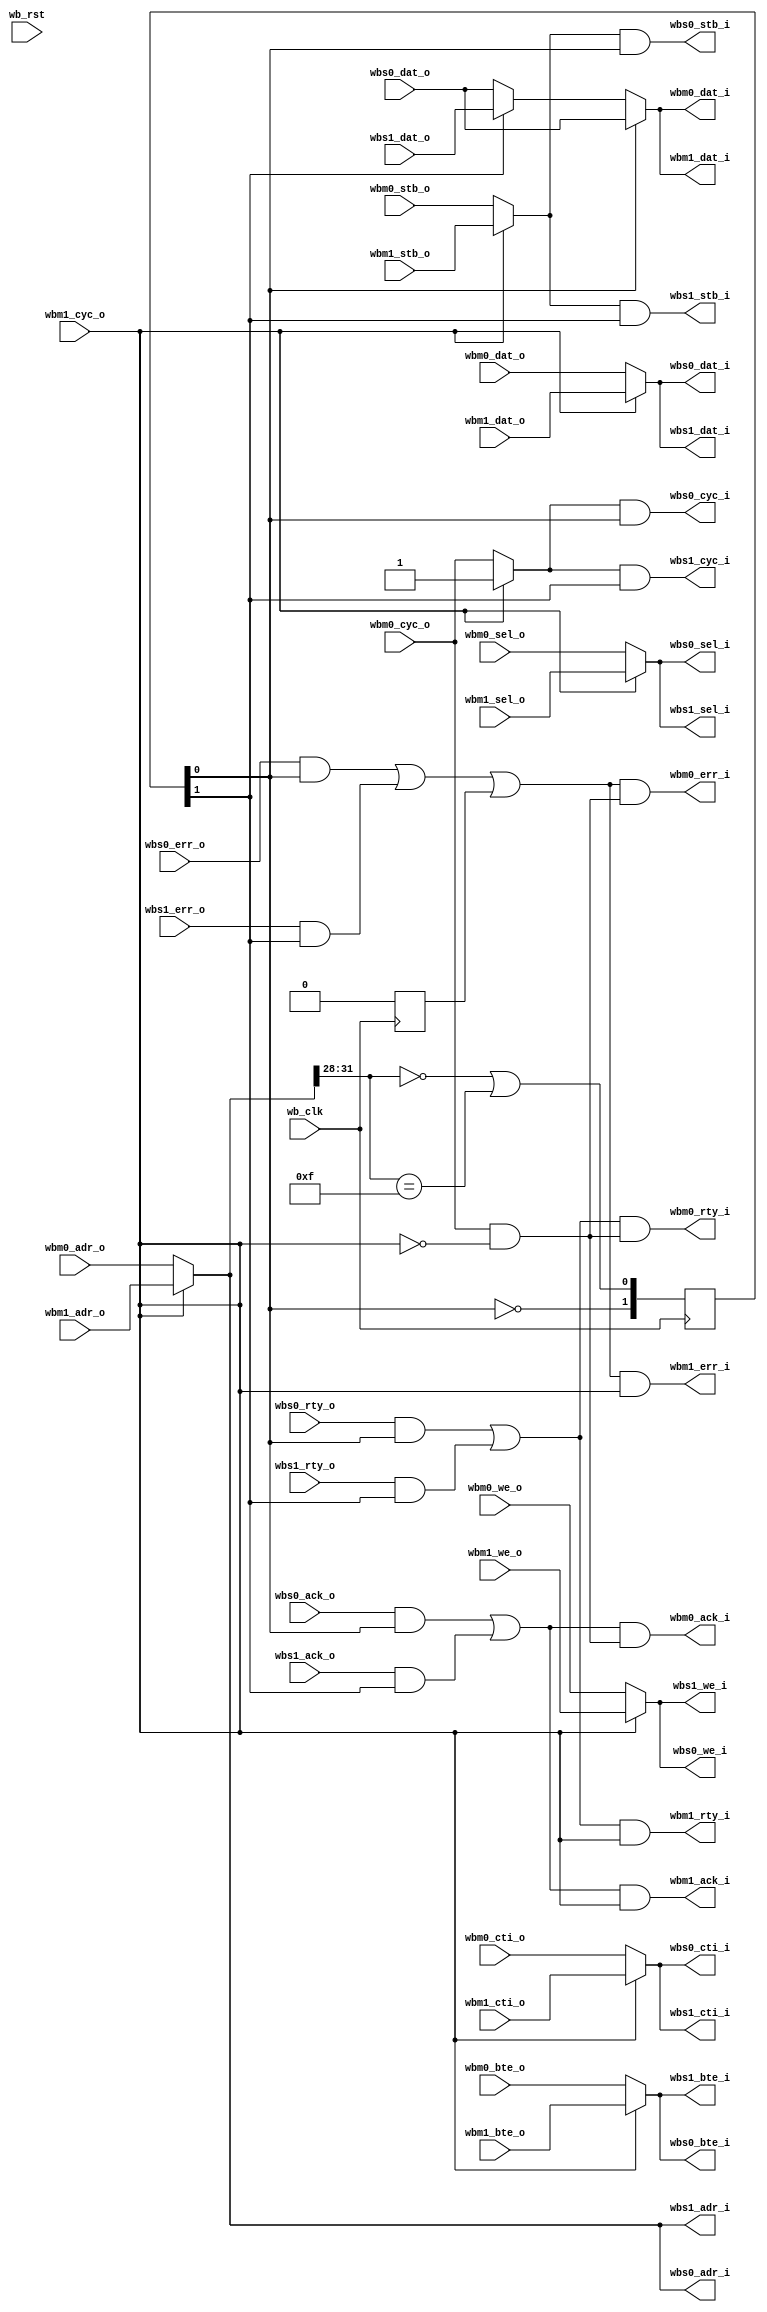
module arbiter_dbus
  (
   // or1200 data master
   // Wishbone Master interface
   wbm0_adr_o,
   wbm0_dat_o,
   wbm0_sel_o,
   wbm0_we_o,
   wbm0_cyc_o,
   wbm0_stb_o,
   wbm0_cti_o,
   wbm0_bte_o,
  
   wbm0_dat_i,
   wbm0_ack_i,
   wbm0_err_i,
   wbm0_rty_i,

   // or1200 debug master
   // Wishbone Master interface
   wbm1_adr_o,
   wbm1_dat_o,
   wbm1_sel_o,
   wbm1_we_o,
   wbm1_cyc_o,
   wbm1_stb_o,
   wbm1_cti_o,
   wbm1_bte_o,
  
   wbm1_dat_i,
   wbm1_ack_i,
   wbm1_err_i,
   wbm1_rty_i,

   // Slave one
   // Wishbone Slave interface
   wbs0_adr_i,
   wbs0_dat_i,
   wbs0_sel_i,		    
   wbs0_we_i,
   wbs0_cyc_i,
   wbs0_stb_i,
   wbs0_cti_i,
   wbs0_bte_i,
  
   wbs0_dat_o,
   wbs0_ack_o,
   wbs0_err_o,
   wbs0_rty_o,

   // Slave two
   // Wishbone Slave interface
   wbs1_adr_i,
   wbs1_dat_i,
   wbs1_sel_i,		    
   wbs1_we_i,
   wbs1_cyc_i,
   wbs1_stb_i,
   wbs1_cti_i,
   wbs1_bte_i,
  
   wbs1_dat_o,
   wbs1_ack_o,
   wbs1_err_o,
   wbs1_rty_o,

   /*
   // Slave three
   // Wishbone Slave interface
   wbs2_adr_i,
   wbs2_dat_i,
   wbs2_sel_i,		    
   wbs2_we_i,
   wbs2_cyc_i,
   wbs2_stb_i,
   wbs2_cti_i,
   wbs2_bte_i,
  
   wbs2_dat_o,
   wbs2_ack_o,
   wbs2_err_o,
   wbs2_rty_o,

   // Slave four
   // Wishbone Slave interface
   wbs3_adr_i,
   wbs3_dat_i,
   wbs3_sel_i,		    
   wbs3_we_i,
   wbs3_cyc_i,
   wbs3_stb_i,
   wbs3_cti_i,
   wbs3_bte_i,
  
   wbs3_dat_o,
   wbs3_ack_o,
   wbs3_err_o,
   wbs3_rty_o,

   // Slave five
   // Wishbone Slave interface
   wbs4_adr_i,
   wbs4_dat_i,
   wbs4_sel_i,		    
   wbs4_we_i,
   wbs4_cyc_i,
   wbs4_stb_i,
   wbs4_cti_i,
   wbs4_bte_i,
  
   wbs4_dat_o,
   wbs4_ack_o,
   wbs4_err_o,
   wbs4_rty_o,

    // Slave six
    // Wishbone Slave interface
    wbs5_adr_i,
    wbs5_dat_i,
    wbs5_sel_i,		    
    wbs5_we_i,
    wbs5_cyc_i,
    wbs5_stb_i,
    wbs5_cti_i,
    wbs5_bte_i,
  
    wbs5_dat_o,
    wbs5_ack_o,
    wbs5_err_o,
    wbs5_rty_o,

    // Slave seven
    // Wishbone Slave interface
    wbs6_adr_i,
    wbs6_dat_i,
    wbs6_sel_i,		    
    wbs6_we_i,
    wbs6_cyc_i,
    wbs6_stb_i,
    wbs6_cti_i,
    wbs6_bte_i,
  
    wbs6_dat_o,
    wbs6_ack_o,
    wbs6_err_o,
    wbs6_rty_o,

    // Slave eight
    // Wishbone Slave interface
    wbs7_adr_i,
    wbs7_dat_i,
    wbs7_sel_i,		    
    wbs7_we_i,
    wbs7_cyc_i,
    wbs7_stb_i,
    wbs7_cti_i,
    wbs7_bte_i,
  
    wbs7_dat_o,
    wbs7_ack_o,
    wbs7_err_o,
    wbs7_rty_o,

    // Slave nine
    // Wishbone Slave interface
    wbs8_adr_i,
    wbs8_dat_i,
    wbs8_sel_i,		    
    wbs8_we_i,
    wbs8_cyc_i,
    wbs8_stb_i,
    wbs8_cti_i,
    wbs8_bte_i,
  
    wbs8_dat_o,
    wbs8_ack_o,
    wbs8_err_o,
    wbs8_rty_o,

    // Slave ten
    // Wishbone Slave interface
    wbs9_adr_i,
    wbs9_dat_i,
    wbs9_sel_i,		    
    wbs9_we_i,
    wbs9_cyc_i,
    wbs9_stb_i,
    wbs9_cti_i,
    wbs9_bte_i,
  
    wbs9_dat_o,
    wbs9_ack_o,
    wbs9_err_o,
    wbs9_rty_o,

    // Slave eleven
    // Wishbone Slave interface
    wbs10_adr_i,
    wbs10_dat_i,
    wbs10_sel_i,		    
    wbs10_we_i,
    wbs10_cyc_i,
    wbs10_stb_i,
    wbs10_cti_i,
    wbs10_bte_i,
  
    wbs10_dat_o,
    wbs10_ack_o,
    wbs10_err_o,
    wbs10_rty_o,

    // Slave twelve
    // Wishbone Slave interface
    wbs11_adr_i,
    wbs11_dat_i,
    wbs11_sel_i,		    
    wbs11_we_i,
    wbs11_cyc_i,
    wbs11_stb_i,
    wbs11_cti_i,
    wbs11_bte_i,
  
    wbs11_dat_o,
    wbs11_ack_o,
    wbs11_err_o,
    wbs11_rty_o,

    // Slave thirteen
    // Wishbone Slave interface
    wbs12_adr_i,
    wbs12_dat_i,
    wbs12_sel_i,		    
    wbs12_we_i,
    wbs12_cyc_i,
    wbs12_stb_i,
    wbs12_cti_i,
    wbs12_bte_i,
  
    wbs12_dat_o,
    wbs12_ack_o,
    wbs12_err_o,
    wbs12_rty_o,

    // Slave fourteen
    // Wishbone Slave interface
    wbs13_adr_i,
    wbs13_dat_i,
    wbs13_sel_i,		    
    wbs13_we_i,
    wbs13_cyc_i,
    wbs13_stb_i,
    wbs13_cti_i,
    wbs13_bte_i,
  
    wbs13_dat_o,
    wbs13_ack_o,
    wbs13_err_o,
    wbs13_rty_o,

    // Slave fifteen
    // Wishbone Slave interface
    wbs14_adr_i,
    wbs14_dat_i,
    wbs14_sel_i,		    
    wbs14_we_i,
    wbs14_cyc_i,
    wbs14_stb_i,
    wbs14_cti_i,
    wbs14_bte_i,
  
    wbs14_dat_o,
    wbs14_ack_o,
    wbs14_err_o,
    wbs14_rty_o,

    // Slave sixteen
    // Wishbone Slave interface
    wbs15_adr_i,
    wbs15_dat_i,
    wbs15_sel_i,		    
    wbs15_we_i,
    wbs15_cyc_i,
    wbs15_stb_i,
    wbs15_cti_i,
    wbs15_bte_i,
  
    wbs15_dat_o,
    wbs15_ack_o,
    wbs15_err_o,
    wbs15_rty_o,

    // Slave seventeen
    // Wishbone Slave interface
    wbs16_adr_i,
    wbs16_dat_i,
    wbs16_sel_i,		    
    wbs16_we_i,
    wbs16_cyc_i,
    wbs16_stb_i,
    wbs16_cti_i,
    wbs16_bte_i,
  
    wbs16_dat_o,
    wbs16_ack_o,
    wbs16_err_o,
    wbs16_rty_o,
    */		    
  
   wb_clk,
   wb_rst
   );

   parameter wb_dat_width = 32;
   parameter wb_adr_width = 32;

   parameter wb_addr_match_width = 8;

   parameter wb_num_slaves = 2; // must also (un)comment things if changing

   // Slave addresses - these should be defparam'd from top level
   // Declare them as you need them
   parameter slave0_adr = 0;
   parameter slave1_adr = 0;
   parameter slave2_adr = 0;
   parameter slave3_adr = 0;
   parameter slave4_adr = 0;
   parameter slave5_adr = 0;
   parameter slave6_adr = 0;
   parameter slave7_adr = 0;
   parameter slave8_adr = 0;
   parameter slave9_adr = 0;
   parameter slave10_adr = 0;   
   parameter slave11_adr = 0;
   parameter slave12_adr = 0;

   // Select for slave 0
`define WB_ARB_ADDR_MATCH_SEL_SLAVE0 wb_adr_width-1:wb_adr_width-4
`define WB_ARB_ADDR_MATCH_SEL wb_adr_width-1:wb_adr_width-wb_addr_match_width

   input wb_clk;
   input wb_rst;
   
   // WB Master one
   input [wb_adr_width-1:0] wbm0_adr_o;
   input [wb_dat_width-1:0] wbm0_dat_o;
   input [3:0] 		    wbm0_sel_o;
   input 		    wbm0_we_o;
   input 		    wbm0_cyc_o;
   input 		    wbm0_stb_o;
   input [2:0] 		    wbm0_cti_o;
   input [1:0] 		    wbm0_bte_o;
   output [wb_dat_width-1:0] wbm0_dat_i;   
   output 		     wbm0_ack_i;
   output 		     wbm0_err_i;
   output 		     wbm0_rty_i;   
   
   
   input [wb_adr_width-1:0]  wbm1_adr_o;
   input [wb_dat_width-1:0]  wbm1_dat_o;
   input [3:0] 		     wbm1_sel_o;   
   input 		     wbm1_we_o;
   input 		     wbm1_cyc_o;
   input 		     wbm1_stb_o;
   input [2:0] 		     wbm1_cti_o;
   input [1:0] 		     wbm1_bte_o;
   output [wb_dat_width-1:0] wbm1_dat_i;   
   output 		     wbm1_ack_i;
   output 		     wbm1_err_i;
   output 		     wbm1_rty_i;   

   
   // Slave one
   // Wishbone Slave interface
   output [wb_adr_width-1:0] wbs0_adr_i;
   output [wb_dat_width-1:0] wbs0_dat_i;
   output [3:0]		     wbs0_sel_i;
   output 		     wbs0_we_i;
   output 		     wbs0_cyc_i;
   output 		     wbs0_stb_i;
   output [2:0] 	     wbs0_cti_i;
   output [1:0] 	     wbs0_bte_i;
   input [wb_dat_width-1:0]  wbs0_dat_o;
   input 		     wbs0_ack_o;
   input 		     wbs0_err_o;
   input 		     wbs0_rty_o;
   

   // Wishbone Slave interface
   output [wb_adr_width-1:0] wbs1_adr_i;
   output [wb_dat_width-1:0] wbs1_dat_i;
   output [3:0]		     wbs1_sel_i;
   output 		     wbs1_we_i;
   output 		     wbs1_cyc_i;
   output 		     wbs1_stb_i;
   output [2:0] 	     wbs1_cti_i;
   output [1:0] 	     wbs1_bte_i;
   input [wb_dat_width-1:0]  wbs1_dat_o;
   input 		     wbs1_ack_o;
   input 		     wbs1_err_o;
   input 		     wbs1_rty_o;
   
/*   
   // Wishbone Slave interface
   output [wb_adr_width-1:0] wbs2_adr_i;
   output [wb_dat_width-1:0] wbs2_dat_i;
   output [3:0]		     wbs2_sel_i;
   output 		     wbs2_we_i;
   output 		     wbs2_cyc_i;
   output 		     wbs2_stb_i;
   output [2:0] 	     wbs2_cti_i;
   output [1:0] 	     wbs2_bte_i;
   input [wb_dat_width-1:0]  wbs2_dat_o;
   input 		     wbs2_ack_o;
   input 		     wbs2_err_o;
   input 		     wbs2_rty_o;

 
   // Wishbone Slave interface
   output [wb_adr_width-1:0] wbs3_adr_i;
   output [wb_dat_width-1:0] wbs3_dat_i;
   output [3:0]		     wbs3_sel_i;
   output 		     wbs3_we_i;
   output 		     wbs3_cyc_i;
   output 		     wbs3_stb_i;
   output [2:0] 	     wbs3_cti_i;
   output [1:0] 	     wbs3_bte_i;
   input [wb_dat_width-1:0]  wbs3_dat_o;
   input 		     wbs3_ack_o;
   input 		     wbs3_err_o;
   input 		     wbs3_rty_o;

 
   // Wishbone Slave interface
   output [wb_adr_width-1:0] wbs4_adr_i;
   output [wb_dat_width-1:0] wbs4_dat_i;
   output [3:0]		     wbs4_sel_i;
   output 		     wbs4_we_i;
   output 		     wbs4_cyc_i;
   output 		     wbs4_stb_i;
   output [2:0] 	     wbs4_cti_i;
   output [1:0] 	     wbs4_bte_i;
   input [wb_dat_width-1:0]  wbs4_dat_o;
   input 		     wbs4_ack_o;
   input 		     wbs4_err_o;
   input 		     wbs4_rty_o;

 
   // Wishbone Slave interface
   output [wb_adr_width-1:0] wbs5_adr_i;
   output [wb_dat_width-1:0] wbs5_dat_i;
   output [3:0]		     wbs5_sel_i;
   output 		     wbs5_we_i;
   output 		     wbs5_cyc_i;
   output 		     wbs5_stb_i;
   output [2:0] 	     wbs5_cti_i;
   output [1:0] 	     wbs5_bte_i;
   input [wb_dat_width-1:0]  wbs5_dat_o;
   input 		     wbs5_ack_o;
   input 		     wbs5_err_o;
   input 		     wbs5_rty_o;
   

   // Wishbone Slave interface
   output [wb_adr_width-1:0] wbs6_adr_i;
   output [wb_dat_width-1:0] wbs6_dat_i;
   output [3:0]		     wbs6_sel_i;
   output 		     wbs6_we_i;
   output 		     wbs6_cyc_i;
   output 		     wbs6_stb_i;
   output [2:0] 	     wbs6_cti_i;
   output [1:0] 	     wbs6_bte_i;
   input [wb_dat_width-1:0]  wbs6_dat_o;
   input 		     wbs6_ack_o;
   input 		     wbs6_err_o;
   input 		     wbs6_rty_o;
   

   // Wishbone Slave interface
   output [wb_adr_width-1:0] wbs7_adr_i;
   output [wb_dat_width-1:0] wbs7_dat_i;
   output [3:0]		     wbs7_sel_i;
   output 		     wbs7_we_i;
   output 		     wbs7_cyc_i;
   output 		     wbs7_stb_i;
   output [2:0] 	     wbs7_cti_i;
   output [1:0] 	     wbs7_bte_i;
   input [wb_dat_width-1:0]  wbs7_dat_o;
   input 		     wbs7_ack_o;
   input 		     wbs7_err_o;
   input 		     wbs7_rty_o;
   

   // Wishbone Slave interface
   output [wb_adr_width-1:0] wbs8_adr_i;
   output [wb_dat_width-1:0] wbs8_dat_i;
   output [3:0]		     wbs8_sel_i;
   output 		     wbs8_we_i;
   output 		     wbs8_cyc_i;
   output 		     wbs8_stb_i;
   output [2:0] 	     wbs8_cti_i;
   output [1:0] 	     wbs8_bte_i;
   input [wb_dat_width-1:0]  wbs8_dat_o;
   input 		     wbs8_ack_o;
   input 		     wbs8_err_o;
   input 		     wbs8_rty_o;
   

   // Wishbone Slave interface
   output [wb_adr_width-1:0] wbs9_adr_i;
   output [wb_dat_width-1:0] wbs9_dat_i;
   output [3:0]		     wbs9_sel_i;
   output 		     wbs9_we_i;
   output 		     wbs9_cyc_i;
   output 		     wbs9_stb_i;
   output [2:0] 	     wbs9_cti_i;
   output [1:0] 	     wbs9_bte_i;
   input [wb_dat_width-1:0]  wbs9_dat_o;
   input 		     wbs9_ack_o;
   input 		     wbs9_err_o;
   input 		     wbs9_rty_o;
   

   // Wishbone Slave interface
   output [wb_adr_width-1:0] wbs10_adr_i;
   output [wb_dat_width-1:0] wbs10_dat_i;
   output [3:0]		     wbs10_sel_i;
   output 		     wbs10_we_i;
   output 		     wbs10_cyc_i;
   output 		     wbs10_stb_i;
   output [2:0] 	     wbs10_cti_i;
   output [1:0] 	     wbs10_bte_i;
   input [wb_dat_width-1:0]  wbs10_dat_o;
   input 		     wbs10_ack_o;
   input 		     wbs10_err_o;
   input 		     wbs10_rty_o;
   

   // Wishbone Slave interface
   output [wb_adr_width-1:0] wbs11_adr_i;
   output [wb_dat_width-1:0] wbs11_dat_i;
   output [3:0]		     wbs11_sel_i;
   output 		     wbs11_we_i;
   output 		     wbs11_cyc_i;
   output 		     wbs11_stb_i;
   output [2:0] 	     wbs11_cti_i;
   output [1:0] 	     wbs11_bte_i;
   input [wb_dat_width-1:0]  wbs11_dat_o;
   input 		     wbs11_ack_o;
   input 		     wbs11_err_o;
   input 		     wbs11_rty_o;
   

   // Wishbone Slave interface
   output [wb_adr_width-1:0] wbs12_adr_i;
   output [wb_dat_width-1:0] wbs12_dat_i;
   output [3:0]		     wbs12_sel_i;
   output 		     wbs12_we_i;
   output 		     wbs12_cyc_i;
   output 		     wbs12_stb_i;
   output [2:0] 	     wbs12_cti_i;
   output [1:0] 	     wbs12_bte_i;
   input [wb_dat_width-1:0]  wbs12_dat_o;
   input 		     wbs12_ack_o;
   input 		     wbs12_err_o;
   input 		     wbs12_rty_o;
   

   // Wishbone Slave interface
   output [wb_adr_width-1:0] wbs13_adr_i;
   output [wb_dat_width-1:0] wbs13_dat_i;
   output [3:0]		     wbs13_sel_i;
   output 		     wbs13_we_i;
   output 		     wbs13_cyc_i;
   output 		     wbs13_stb_i;
   output [2:0] 	     wbs13_cti_i;
   output [1:0] 	     wbs13_bte_i;
   input [wb_dat_width-1:0]  wbs13_dat_o;
   input 		     wbs13_ack_o;
   input 		     wbs13_err_o;
   input 		     wbs13_rty_o;
   

   // Wishbone Slave interface
   output [wb_adr_width-1:0] wbs14_adr_i;
   output [wb_dat_width-1:0] wbs14_dat_i;
   output [3:0]		     wbs14_sel_i;
   output 		     wbs14_we_i;
   output 		     wbs14_cyc_i;
   output 		     wbs14_stb_i;
   output [2:0] 	     wbs14_cti_i;
   output [1:0] 	     wbs14_bte_i;
   input [wb_dat_width-1:0]  wbs14_dat_o;
   input 		     wbs14_ack_o;
   input 		     wbs14_err_o;
   input 		     wbs14_rty_o;
   

   // Wishbone Slave interface
   output [wb_adr_width-1:0] wbs15_adr_i;
   output [wb_dat_width-1:0] wbs15_dat_i;
   output [3:0]		     wbs15_sel_i;
   output 		     wbs15_we_i;
   output 		     wbs15_cyc_i;
   output 		     wbs15_stb_i;
   output [2:0] 	     wbs15_cti_i;
   output [1:0] 	     wbs15_bte_i;
   input [wb_dat_width-1:0]  wbs15_dat_o;
   input 		     wbs15_ack_o;
   input 		     wbs15_err_o;
   input 		     wbs15_rty_o;
   

   // Wishbone Slave interface
   output [wb_adr_width-1:0] wbs16_adr_i;
   output [wb_dat_width-1:0] wbs16_dat_i;
   output [3:0]		     wbs16_sel_i;
   output 		     wbs16_we_i;
   output 		     wbs16_cyc_i;
   output 		     wbs16_stb_i;
   output [2:0] 	     wbs16_cti_i;
   output [1:0] 	     wbs16_bte_i;
   input [wb_dat_width-1:0]  wbs16_dat_o;
   input 		     wbs16_ack_o;
   input 		     wbs16_err_o;
   input 		     wbs16_rty_o;
   
*/

   reg 		     watchdog_err;
   
`ifdef ARBITER_DBUS_REGISTERING

   
   // Registering setup:
   // Masters typically register their outputs, so do the master selection and
   // muxing before registering in the arbiter. Keep the common parts outside
   // for code brevity.
   
   // Master ins -> |MUX> -> these wires
   wire [wb_adr_width-1:0]   wbm_adr_o_w;
   wire [wb_dat_width-1:0]   wbm_dat_o_w;
   wire [3:0] 		     wbm_sel_o_w;
   wire 		     wbm_we_o_w;
   wire 		     wbm_cyc_o_w;
   wire 		     wbm_stb_o_w;
   wire [2:0] 		     wbm_cti_o_w;
   wire [1:0] 		     wbm_bte_o_w;
   // Slave ins -> |MUX> -> these wires
   wire [wb_dat_width-1:0]   wbm_dat_i;   
   wire 		     wbm_ack_i;
   wire 		     wbm_err_i;
   wire 		     wbm_rty_i;   

   // Registers after masters input mux
   reg [wb_adr_width-1:0]    wbm_adr_o_r;
   reg [wb_dat_width-1:0]    wbm_dat_o_r;
   reg [3:0] 		     wbm_sel_o_r;   
   reg 			     wbm_we_o_r;
   reg 			     wbm_cyc_o_r;
   reg 			     wbm_stb_o_r;
   reg [2:0] 		     wbm_cti_o_r;
   reg [1:0] 		     wbm_bte_o_r;

   // Master input mux register wires
   wire [wb_adr_width-1:0]   wbm_adr_o;
   wire [wb_dat_width-1:0]   wbm_dat_o;
   wire [3:0] 		     wbm_sel_o;
   wire 		     wbm_we_o;
   wire 		     wbm_cyc_o;
   wire 		     wbm_stb_o;
   wire [2:0] 		     wbm_cti_o;
   wire [1:0] 		     wbm_bte_o;

   // Registers after slaves input mux
   reg [wb_dat_width-1:0]    wbm_dat_i_r;   
   reg 			     wbm_ack_i_r;
   reg 			     wbm_err_i_r;
   reg 			     wbm_rty_i_r;

   // Master select (MUX controls)
   wire [1:0] 		     master_sel;
   // priority to wbm1, the debug master
   assign master_sel[0] = wbm0_cyc_o & !wbm1_cyc_o;
   assign master_sel[1] = wbm1_cyc_o;


   // Master input mux, priority to debug master
   assign wbm_adr_o_w = master_sel[1] ? wbm1_adr_o :
		      wbm0_adr_o;
   
   assign wbm_dat_o_w = master_sel[1] ? wbm1_dat_o :
		      wbm0_dat_o;
   
   assign wbm_sel_o_w = master_sel[1] ? wbm1_sel_o :
		      wbm0_sel_o;

   assign wbm_we_o_w = master_sel[1] ? wbm1_we_o :
		      wbm0_we_o;
   
   assign wbm_cyc_o_w = master_sel[1] ? wbm1_cyc_o :
		      wbm0_cyc_o;

   assign wbm_stb_o_w = master_sel[1] ? wbm1_stb_o :
		     wbm0_stb_o;

   assign wbm_cti_o_w = master_sel[1] ? wbm1_cti_o :
		     wbm0_cti_o;

   assign wbm_bte_o_w = master_sel[1] ? wbm1_bte_o :
		      wbm0_bte_o;

   
   // Register muxed master signals
   always @(posedge wb_clk)
     begin
	wbm_adr_o_r <= wbm_adr_o_w;
	wbm_dat_o_r <= wbm_dat_o_w;
	wbm_sel_o_r <= wbm_sel_o_w;
	wbm_we_o_r <= wbm_we_o_w;
	wbm_cyc_o_r <= wbm_cyc_o_w;	
	wbm_stb_o_r <= wbm_stb_o_w & !wbm_ack_i & !wbm_ack_i_r;
	wbm_cti_o_r <= wbm_cti_o_w;
	wbm_bte_o_r <= wbm_bte_o_w;
	
	wbm_dat_i_r <= wbm_dat_i;
	wbm_ack_i_r <= wbm_ack_i;
	wbm_err_i_r <= wbm_err_i;
	wbm_rty_i_r <= wbm_rty_i;
     end // always @ (posedge wb_clk)

   
   assign wbm_adr_o = wbm_adr_o_r;
   assign wbm_dat_o = wbm_dat_o_r;
   assign wbm_sel_o = wbm_sel_o_r;
   assign wbm_we_o = wbm_we_o_r;
   assign wbm_cyc_o = wbm_cyc_o_r;
   assign wbm_stb_o = wbm_stb_o_r;
   assign wbm_cti_o = wbm_cti_o_r;
   assign wbm_bte_o = wbm_bte_o_r;

   // Master input mux, priority to debug master
   assign wbm0_dat_i = wbm_dat_i_r;
   assign wbm0_ack_i = wbm_ack_i_r & master_sel[0];
   assign wbm0_err_i = wbm_err_i_r & master_sel[0];
   assign wbm0_rty_i = wbm_rty_i_r & master_sel[0];
   
   assign wbm1_dat_i = wbm_dat_i_r;
   assign wbm1_ack_i = wbm_ack_i_r & master_sel[1];
   assign wbm1_err_i = wbm_err_i_r & master_sel[1];
   assign wbm1_rty_i = wbm_rty_i_r & master_sel[1];
   
`else // !`ifdef ARBITER_DBUS_REGISTERING

   // Master input mux output wires
   wire [wb_adr_width-1:0]   wbm_adr_o;
   wire [wb_dat_width-1:0]   wbm_dat_o;
   wire [3:0] 		     wbm_sel_o;
   wire 		     wbm_we_o;
   wire 		     wbm_cyc_o;
   wire 		     wbm_stb_o;
   wire [2:0] 		     wbm_cti_o;
   wire [1:0] 		     wbm_bte_o;
   
   // Master select
   wire [1:0] 		     master_sel;
   // priority to wbm1, the debug master
   assign master_sel[0] = wbm0_cyc_o & !wbm1_cyc_o;
   assign master_sel[1] = wbm1_cyc_o;


   // Master input mux, priority to debug master
   assign wbm_adr_o = master_sel[1] ? wbm1_adr_o :
		      wbm0_adr_o;
   
   assign wbm_dat_o = master_sel[1] ? wbm1_dat_o :
		      wbm0_dat_o;
   
   assign wbm_sel_o = master_sel[1] ? wbm1_sel_o :
		      wbm0_sel_o;

   assign wbm_we_o = master_sel[1] ? wbm1_we_o :
		      wbm0_we_o;
   
   assign wbm_cyc_o = master_sel[1] ? wbm1_cyc_o :
		      wbm0_cyc_o;

   assign wbm_stb_o = master_sel[1] ? wbm1_stb_o :
		     wbm0_stb_o;

   assign wbm_cti_o = master_sel[1] ? wbm1_cti_o :
		     wbm0_cti_o;

   assign wbm_bte_o = master_sel[1] ? wbm1_bte_o :
		      wbm0_bte_o;


   wire [wb_dat_width-1:0]   wbm_dat_i;   
   wire 		     wbm_ack_i;
   wire 		     wbm_err_i;
   wire 		     wbm_rty_i;   


   assign wbm0_dat_i = wbm_dat_i;
   assign wbm0_ack_i = wbm_ack_i & master_sel[0];
   assign wbm0_err_i = wbm_err_i & master_sel[0];
   assign wbm0_rty_i = wbm_rty_i & master_sel[0];
   
   assign wbm1_dat_i = wbm_dat_i;
   assign wbm1_ack_i = wbm_ack_i & master_sel[1];
   assign wbm1_err_i = wbm_err_i & master_sel[1];
   assign wbm1_rty_i = wbm_rty_i & master_sel[1];

   

`endif // !`ifdef ARBITER_DBUS_REGISTERING

  
   // Slave select wire
   wire [wb_num_slaves-1:0]  wb_slave_sel;
   reg [wb_num_slaves-1:0]   wb_slave_sel_r;

   // Register wb_slave_sel_r to break combinatorial loop when selecting default
   // slave
   always @(posedge wb_clk)
     wb_slave_sel_r <= wb_slave_sel;
   
   // Slave out mux in wires   
   wire [wb_dat_width-1:0]   wbs_dat_o_mux_i [0:wb_num_slaves-1];
   wire 		     wbs_ack_o_mux_i [0:wb_num_slaves-1];
   wire 		     wbs_err_o_mux_i [0:wb_num_slaves-1];
   wire 		     wbs_rty_o_mux_i [0:wb_num_slaves-1];

   //
   // Slave selects
   //
   assign wb_slave_sel[0] = wbm_adr_o[31:28] == slave0_adr | wbm_adr_o[31:28] == 4'hf; // Special case, point all reads to ROM address to here
   
   // Auto select last slave when others are not selected
   assign wb_slave_sel[1] = !(wb_slave_sel_r[0]);

/*
   assign wb_slave_sel[1] = wbm_adr_o[`WB_ARB_ADDR_MATCH_SEL] == slave1_adr;
   assign wb_slave_sel[2] = wbm_adr_o[`WB_ARB_ADDR_MATCH_SEL] == slave2_adr;   
   assign wb_slave_sel[3] = wbm_adr_o[`WB_ARB_ADDR_MATCH_SEL] == slave3_adr;   
   assign wb_slave_sel[4] = wbm_adr_o[`WB_ARB_ADDR_MATCH_SEL] == slave4_adr;
   assign wb_slave_sel[5] = wbm_adr_o[`WB_ARB_ADDR_MATCH_SEL] == slave5_adr;
   assign wb_slave_sel[6] = wbm_adr_o[`WB_ARB_ADDR_MATCH_SEL] == slave6_adr;
   assign wb_slave_sel[7] = wbm_adr_o[`WB_ARB_ADDR_MATCH_SEL] == slave7_adr;
   assign wb_slave_sel[8] = wbm_adr_o[`WB_ARB_ADDR_MATCH_SEL] == slave8_adr;
   assign wb_slave_sel[9] = wbm_adr_o[`WB_ARB_ADDR_MATCH_SEL] == slave9_adr;
   assign wb_slave_sel[10] = wbm_adr_o[`WB_ARB_ADDR_MATCH_SEL] == slave10_adr;
   assign wb_slave_sel[11] = wbm_adr_o[`WB_ARB_ADDR_MATCH_SEL] == slave11_adr;
   assign wb_slave_sel[12] = wbm_adr_o[`WB_ARB_ADDR_MATCH_SEL] == slave12_adr;
   assign wb_slave_sel[13] = wbm_adr_o[`WB_ARB_ADDR_MATCH_SEL] == slave13_adr;
   assign wb_slave_sel[14] = wbm_adr_o[`WB_ARB_ADDR_MATCH_SEL] == slave14_adr;
   assign wb_slave_sel[15] = wbm_adr_o[`WB_ARB_ADDR_MATCH_SEL] == slave15_adr;
   assign wb_slave_sel[16] = wbm_adr_o[`WB_ARB_ADDR_MATCH_SEL] == slave16_adr;
*/

`ifdef ARBITER_DBUS_WATCHDOG
   reg [`ARBITER_DBUS_WATCHDOG_TIMER_WIDTH:0] watchdog_timer;
   reg 			     wbm_stb_r; // Register strobe
   wire 		     wbm_stb_edge; // Detect its edge

   always @(posedge wb_clk)
     wbm_stb_r <= wbm_stb_o;

   assign wbm_stb_edge = (wbm_stb_o & !wbm_stb_r);
   
   // Counter logic
   always @(posedge wb_clk)
     if (wb_rst) watchdog_timer <= 0;
     else if (wbm_ack_i) // When we see an ack, turn off timer
       watchdog_timer <= 0;
     else if (wbm_stb_edge) // New access means start timer again
       watchdog_timer <= 1;
     else if (|watchdog_timer) // Continue counting if counter > 0
       watchdog_timer <= watchdog_timer + 1;

   always @(posedge wb_clk) 
     watchdog_err <= (&watchdog_timer);

   
`else // !`ifdef ARBITER_DBUS_WATCHDOG
   
   always @(posedge wb_clk) 
     watchdog_err <= 0;
   
`endif // !`ifdef ARBITER_DBUS_WATCHDOG
   

   
   // Slave 0 inputs
   assign wbs0_adr_i = wbm_adr_o;
   assign wbs0_dat_i = wbm_dat_o;
   assign wbs0_sel_i = wbm_sel_o;
   assign wbs0_cyc_i = wbm_cyc_o & wb_slave_sel_r[0];
   assign wbs0_stb_i = wbm_stb_o & wb_slave_sel_r[0];   
   assign wbs0_we_i =  wbm_we_o;
   assign wbs0_cti_i = wbm_cti_o;
   assign wbs0_bte_i = wbm_bte_o;
   assign wbs_dat_o_mux_i[0] = wbs0_dat_o;
   assign wbs_ack_o_mux_i[0] = wbs0_ack_o & wb_slave_sel_r[0];
   assign wbs_err_o_mux_i[0] = wbs0_err_o & wb_slave_sel_r[0];
   assign wbs_rty_o_mux_i[0] = wbs0_rty_o & wb_slave_sel_r[0];


   // Slave 1 inputs
   assign wbs1_adr_i = wbm_adr_o;
   assign wbs1_dat_i = wbm_dat_o;
   assign wbs1_sel_i = wbm_sel_o;
   assign wbs1_cyc_i = wbm_cyc_o & wb_slave_sel_r[1];
   assign wbs1_stb_i = wbm_stb_o & wb_slave_sel_r[1];   
   assign wbs1_we_i =  wbm_we_o;
   assign wbs1_cti_i = wbm_cti_o;
   assign wbs1_bte_i = wbm_bte_o;
   assign wbs_dat_o_mux_i[1] = wbs1_dat_o;
   assign wbs_ack_o_mux_i[1] = wbs1_ack_o & wb_slave_sel_r[1];
   assign wbs_err_o_mux_i[1] = wbs1_err_o & wb_slave_sel_r[1];
   assign wbs_rty_o_mux_i[1] = wbs1_rty_o & wb_slave_sel_r[1];

/*
   // Slave 2 inputs
   assign wbs2_adr_i = wbm_adr_o;
   assign wbs2_dat_i = wbm_dat_o;
   assign wbs2_sel_i = wbm_sel_o;
   assign wbs2_cyc_i = wbm_cyc_o & wb_slave_sel_r[2];
   assign wbs2_stb_i = wbm_stb_o & wb_slave_sel_r[2];   
   assign wbs2_we_i =  wbm_we_o;
   assign wbs2_cti_i = wbm_cti_o;
   assign wbs2_bte_i = wbm_bte_o;
   assign wbs_dat_o_mux_i[2] = wbs2_dat_o;
   assign wbs_ack_o_mux_i[2] = wbs2_ack_o & wb_slave_sel_r[2];
   assign wbs_err_o_mux_i[2] = wbs2_err_o & wb_slave_sel_r[2];
   assign wbs_rty_o_mux_i[2] = wbs2_rty_o & wb_slave_sel_r[2];


   // Slave 3 inputs
   assign wbs3_adr_i = wbm_adr_o;
   assign wbs3_dat_i = wbm_dat_o;
   assign wbs3_sel_i = wbm_sel_o;
   assign wbs3_cyc_i = wbm_cyc_o & wb_slave_sel_r[3];
   assign wbs3_stb_i = wbm_stb_o & wb_slave_sel_r[3];   
   assign wbs3_we_i =  wbm_we_o;
   assign wbs3_cti_i = wbm_cti_o;
   assign wbs3_bte_i = wbm_bte_o;
   assign wbs_dat_o_mux_i[3] = wbs3_dat_o;
   assign wbs_ack_o_mux_i[3] = wbs3_ack_o & wb_slave_sel_r[3];
   assign wbs_err_o_mux_i[3] = wbs3_err_o & wb_slave_sel_r[3];
   assign wbs_rty_o_mux_i[3] = wbs3_rty_o & wb_slave_sel_r[3];

   // Slave 4 inputs
   assign wbs4_adr_i = wbm_adr_o;
   assign wbs4_dat_i = wbm_dat_o;
   assign wbs4_sel_i = wbm_sel_o;
   assign wbs4_cyc_i = wbm_cyc_o & wb_slave_sel_r[4];
   assign wbs4_stb_i = wbm_stb_o & wb_slave_sel_r[4];   
   assign wbs4_we_i =  wbm_we_o;
   assign wbs4_cti_i = wbm_cti_o;
   assign wbs4_bte_i = wbm_bte_o;
   assign wbs_dat_o_mux_i[4] = wbs4_dat_o;
   assign wbs_ack_o_mux_i[4] = wbs4_ack_o & wb_slave_sel_r[4];
   assign wbs_err_o_mux_i[4] = wbs4_err_o & wb_slave_sel_r[4];
   assign wbs_rty_o_mux_i[4] = wbs4_rty_o & wb_slave_sel_r[4];


   // Slave 5 inputs
   assign wbs5_adr_i = wbm_adr_o;
   assign wbs5_dat_i = wbm_dat_o;
   assign wbs5_sel_i = wbm_sel_o;
   assign wbs5_cyc_i = wbm_cyc_o & wb_slave_sel_r[5];
   assign wbs5_stb_i = wbm_stb_o & wb_slave_sel_r[5];   
   assign wbs5_we_i =  wbm_we_o;
   assign wbs5_cti_i = wbm_cti_o;
   assign wbs5_bte_i = wbm_bte_o;
   assign wbs_dat_o_mux_i[5] = wbs5_dat_o;
   assign wbs_ack_o_mux_i[5] = wbs5_ack_o & wb_slave_sel_r[5];
   assign wbs_err_o_mux_i[5] = wbs5_err_o & wb_slave_sel_r[5];
   assign wbs_rty_o_mux_i[5] = wbs5_rty_o & wb_slave_sel_r[5];


   // Slave 6 inputs
   assign wbs6_adr_i = wbm_adr_o;
   assign wbs6_dat_i = wbm_dat_o;
   assign wbs6_sel_i = wbm_sel_o;
   assign wbs6_cyc_i = wbm_cyc_o & wb_slave_sel_r[6];
   assign wbs6_stb_i = wbm_stb_o & wb_slave_sel_r[6];   
   assign wbs6_we_i =  wbm_we_o;
   assign wbs6_cti_i = wbm_cti_o;
   assign wbs6_bte_i = wbm_bte_o;
   assign wbs_dat_o_mux_i[6] = wbs6_dat_o;
   assign wbs_ack_o_mux_i[6] = wbs6_ack_o & wb_slave_sel_r[6];
   assign wbs_err_o_mux_i[6] = wbs6_err_o & wb_slave_sel_r[6];
   assign wbs_rty_o_mux_i[6] = wbs6_rty_o & wb_slave_sel_r[6];


   // Slave 7 inputs
   assign wbs7_adr_i = wbm_adr_o;
   assign wbs7_dat_i = wbm_dat_o;
   assign wbs7_sel_i = wbm_sel_o;
   assign wbs7_cyc_i = wbm_cyc_o & wb_slave_sel_r[7];
   assign wbs7_stb_i = wbm_stb_o & wb_slave_sel_r[7];   
   assign wbs7_we_i =  wbm_we_o;
   assign wbs7_cti_i = wbm_cti_o;
   assign wbs7_bte_i = wbm_bte_o;
   assign wbs_dat_o_mux_i[7] = wbs7_dat_o;
   assign wbs_ack_o_mux_i[7] = wbs7_ack_o & wb_slave_sel_r[7];
   assign wbs_err_o_mux_i[7] = wbs7_err_o & wb_slave_sel_r[7];
   assign wbs_rty_o_mux_i[7] = wbs7_rty_o & wb_slave_sel_r[7];


   // Slave 8 inputs
   assign wbs8_adr_i = wbm_adr_o;
   assign wbs8_dat_i = wbm_dat_o;
   assign wbs8_sel_i = wbm_sel_o;
   assign wbs8_cyc_i = wbm_cyc_o & wb_slave_sel_r[8];
   assign wbs8_stb_i = wbm_stb_o & wb_slave_sel_r[8];   
   assign wbs8_we_i =  wbm_we_o;
   assign wbs8_cti_i = wbm_cti_o;
   assign wbs8_bte_i = wbm_bte_o;
   assign wbs_dat_o_mux_i[8] = wbs8_dat_o;
   assign wbs_ack_o_mux_i[8] = wbs8_ack_o & wb_slave_sel_r[8];
   assign wbs_err_o_mux_i[8] = wbs8_err_o & wb_slave_sel_r[8];
   assign wbs_rty_o_mux_i[8] = wbs8_rty_o & wb_slave_sel_r[8];


   // Slave 9 inputs
   assign wbs9_adr_i = wbm_adr_o;
   assign wbs9_dat_i = wbm_dat_o;
   assign wbs9_sel_i = wbm_sel_o;
   assign wbs9_cyc_i = wbm_cyc_o & wb_slave_sel_r[9];
   assign wbs9_stb_i = wbm_stb_o & wb_slave_sel_r[9];   
   assign wbs9_we_i =  wbm_we_o;
   assign wbs9_cti_i = wbm_cti_o;
   assign wbs9_bte_i = wbm_bte_o;
   assign wbs_dat_o_mux_i[9] = wbs9_dat_o;
   assign wbs_ack_o_mux_i[9] = wbs9_ack_o & wb_slave_sel_r[9];
   assign wbs_err_o_mux_i[9] = wbs9_err_o & wb_slave_sel_r[9];
   assign wbs_rty_o_mux_i[9] = wbs9_rty_o & wb_slave_sel_r[9];


   // Slave 10 inputs
   assign wbs10_adr_i = wbm_adr_o;
   assign wbs10_dat_i = wbm_dat_o;
   assign wbs10_sel_i = wbm_sel_o;
   assign wbs10_cyc_i = wbm_cyc_o & wb_slave_sel_r[10];
   assign wbs10_stb_i = wbm_stb_o & wb_slave_sel_r[10];   
   assign wbs10_we_i =  wbm_we_o;
   assign wbs10_cti_i = wbm_cti_o;
   assign wbs10_bte_i = wbm_bte_o;
   assign wbs_dat_o_mux_i[10] = wbs10_dat_o;
   assign wbs_ack_o_mux_i[10] = wbs10_ack_o & wb_slave_sel_r[10];
   assign wbs_err_o_mux_i[10] = wbs10_err_o & wb_slave_sel_r[10];
   assign wbs_rty_o_mux_i[10] = wbs10_rty_o & wb_slave_sel_r[10];

   
   // Slave 11 inputs
   assign wbs11_adr_i = wbm_adr_o;
   assign wbs11_dat_i = wbm_dat_o;
   assign wbs11_sel_i = wbm_sel_o;
   assign wbs11_cyc_i = wbm_cyc_o & wb_slave_sel_r[11];
   assign wbs11_stb_i = wbm_stb_o & wb_slave_sel_r[11];   
   assign wbs11_we_i =  wbm_we_o;
   assign wbs11_cti_i = wbm_cti_o;
   assign wbs11_bte_i = wbm_bte_o;
   assign wbs_dat_o_mux_i[11] = wbs11_dat_o;
   assign wbs_ack_o_mux_i[11] = wbs11_ack_o & wb_slave_sel_r[11];
   assign wbs_err_o_mux_i[11] = wbs11_err_o & wb_slave_sel_r[11];
   assign wbs_rty_o_mux_i[11] = wbs11_rty_o & wb_slave_sel_r[11];


   // Slave 12 inputs
   assign wbs12_adr_i = wbm_adr_o;
   assign wbs12_dat_i = wbm_dat_o;
   assign wbs12_sel_i = wbm_sel_o;
   assign wbs12_cyc_i = wbm_cyc_o & wb_slave_sel_r[12];
   assign wbs12_stb_i = wbm_stb_o & wb_slave_sel_r[12];   
   assign wbs12_we_i =  wbm_we_o;
   assign wbs12_cti_i = wbm_cti_o;
   assign wbs12_bte_i = wbm_bte_o;
   assign wbs_dat_o_mux_i[12] = wbs12_dat_o;
   assign wbs_ack_o_mux_i[12] = wbs12_ack_o & wb_slave_sel_r[12];
   assign wbs_err_o_mux_i[12] = wbs12_err_o & wb_slave_sel_r[12];
   assign wbs_rty_o_mux_i[12] = wbs12_rty_o & wb_slave_sel_r[12];


   // Slave 13 inputs
   assign wbs13_adr_i = wbm_adr_o;
   assign wbs13_dat_i = wbm_dat_o;
   assign wbs13_sel_i = wbm_sel_o;
   assign wbs13_cyc_i = wbm_cyc_o & wb_slave_sel_r[13];
   assign wbs13_stb_i = wbm_stb_o & wb_slave_sel_r[13];   
   assign wbs13_we_i =  wbm_we_o;
   assign wbs13_cti_i = wbm_cti_o;
   assign wbs13_bte_i = wbm_bte_o;
   assign wbs_dat_o_mux_i[13] = wbs13_dat_o;
   assign wbs_ack_o_mux_i[13] = wbs13_ack_o & wb_slave_sel_r[13];
   assign wbs_err_o_mux_i[13] = wbs13_err_o & wb_slave_sel_r[13];
   assign wbs_rty_o_mux_i[13] = wbs13_rty_o & wb_slave_sel_r[13];


   // Slave 14 inputs
   assign wbs14_adr_i = wbm_adr_o;
   assign wbs14_dat_i = wbm_dat_o;
   assign wbs14_sel_i = wbm_sel_o;
   assign wbs14_cyc_i = wbm_cyc_o & wb_slave_sel_r[14];
   assign wbs14_stb_i = wbm_stb_o & wb_slave_sel_r[14];   
   assign wbs14_we_i =  wbm_we_o;
   assign wbs14_cti_i = wbm_cti_o;
   assign wbs14_bte_i = wbm_bte_o;
   assign wbs_dat_o_mux_i[14] = wbs14_dat_o;
   assign wbs_ack_o_mux_i[14] = wbs14_ack_o & wb_slave_sel_r[14];
   assign wbs_err_o_mux_i[14] = wbs14_err_o & wb_slave_sel_r[14];
   assign wbs_rty_o_mux_i[14] = wbs14_rty_o & wb_slave_sel_r[14];


   // Slave 15 inputs
   assign wbs15_adr_i = wbm_adr_o;
   assign wbs15_dat_i = wbm_dat_o;
   assign wbs15_sel_i = wbm_sel_o;
   assign wbs15_cyc_i = wbm_cyc_o & wb_slave_sel_r[15];
   assign wbs15_stb_i = wbm_stb_o & wb_slave_sel_r[15];   
   assign wbs15_we_i =  wbm_we_o;
   assign wbs15_cti_i = wbm_cti_o;
   assign wbs15_bte_i = wbm_bte_o;
   assign wbs_dat_o_mux_i[15] = wbs15_dat_o;
   assign wbs_ack_o_mux_i[15] = wbs15_ack_o & wb_slave_sel_r[15];
   assign wbs_err_o_mux_i[15] = wbs15_err_o & wb_slave_sel_r[15];
   assign wbs_rty_o_mux_i[15] = wbs15_rty_o & wb_slave_sel_r[15];


   // Slave 16 inputs
   assign wbs16_adr_i = wbm_adr_o;
   assign wbs16_dat_i = wbm_dat_o;
   assign wbs16_sel_i = wbm_sel_o;
   assign wbs16_cyc_i = wbm_cyc_o & wb_slave_sel_r[16];
   assign wbs16_stb_i = wbm_stb_o & wb_slave_sel_r[16];   
   assign wbs16_we_i =  wbm_we_o;
   assign wbs16_cti_i = wbm_cti_o;
   assign wbs16_bte_i = wbm_bte_o;
   assign wbs_dat_o_mux_i[16] = wbs16_dat_o;
   assign wbs_ack_o_mux_i[16] = wbs16_ack_o & wb_slave_sel_r[16];
   assign wbs_err_o_mux_i[16] = wbs16_err_o & wb_slave_sel_r[16];
   assign wbs_rty_o_mux_i[16] = wbs16_rty_o & wb_slave_sel_r[16];

*/



   // Master out mux from slave in data
   assign wbm_dat_i = wb_slave_sel_r[0] ? wbs_dat_o_mux_i[0] :
		      wb_slave_sel_r[1] ? wbs_dat_o_mux_i[1] :
/*		      wb_slave_sel_r[2] ? wbs_dat_o_mux_i[2] :
		      wb_slave_sel_r[3] ? wbs_dat_o_mux_i[3] :
 		      wb_slave_sel_r[4] ? wbs_dat_o_mux_i[4] :
		      wb_slave_sel_r[5] ? wbs_dat_o_mux_i[5] :
		      wb_slave_sel_r[6] ? wbs_dat_o_mux_i[6] :
		      wb_slave_sel_r[7] ? wbs_dat_o_mux_i[7] :
		      wb_slave_sel_r[8] ? wbs_dat_o_mux_i[8] :
		      wb_slave_sel_r[9] ? wbs_dat_o_mux_i[9] :
		      wb_slave_sel_r[10] ? wbs_dat_o_mux_i[10] :
		      wb_slave_sel_r[11] ? wbs_dat_o_mux_i[11] :
		      wb_slave_sel_r[12] ? wbs_dat_o_mux_i[12] :
		      wb_slave_sel_r[13] ? wbs_dat_o_mux_i[13] :
		      wb_slave_sel_r[14] ? wbs_dat_o_mux_i[14] :
		      wb_slave_sel_r[15] ? wbs_dat_o_mux_i[15] :
		      wb_slave_sel_r[16] ? wbs_dat_o_mux_i[16] :
*/ 
		      wbs_dat_o_mux_i[0];
   // Master out acks, or together
   assign wbm_ack_i = wbs_ack_o_mux_i[0] |
		      wbs_ack_o_mux_i[1] /*|
		      wbs_ack_o_mux_i[2] |
		      wbs_ack_o_mux_i[3] |
		      wbs_ack_o_mux_i[4] |
		      wbs_ack_o_mux_i[5] |
		      wbs_ack_o_mux_i[6] |
		      wbs_ack_o_mux_i[7] |
		      wbs_ack_o_mux_i[8] |
		      wbs_ack_o_mux_i[9] |
		      wbs_ack_o_mux_i[10] |
		      wbs_ack_o_mux_i[11] |
		      wbs_ack_o_mux_i[12] |
		      wbs_ack_o_mux_i[13] |
		      wbs_ack_o_mux_i[14] |
		      wbs_ack_o_mux_i[15] |
		      wbs_ack_o_mux_i[16] */
		      ;
   

   assign wbm_err_i = wbs_err_o_mux_i[0] |
		      wbs_err_o_mux_i[1] |/*
		      wbs_err_o_mux_i[2] | 
		      wbs_err_o_mux_i[3] |
		      wbs_err_o_mux_i[4] |
		      wbs_err_o_mux_i[5] |
		      wbs_err_o_mux_i[6] |
		      wbs_err_o_mux_i[7] |
		      wbs_err_o_mux_i[8] |
		      wbs_err_o_mux_i[9] |
		      wbs_err_o_mux_i[10] |
		      wbs_err_o_mux_i[11] |
		      wbs_err_o_mux_i[12] |
		      wbs_err_o_mux_i[13] |
		      wbs_err_o_mux_i[14] |
		      wbs_err_o_mux_i[15] |
		      wbs_err_o_mux_i[16] |*/
		      watchdog_err  ;


   assign wbm_rty_i = wbs_rty_o_mux_i[0] |
		      wbs_rty_o_mux_i[1]/*|
		      wbs_rty_o_mux_i[2] |
		      wbs_rty_o_mux_i[3] |
		      wbs_rty_o_mux_i[4] |
		      wbs_rty_o_mux_i[5] |
		      wbs_rty_o_mux_i[6] |
		      wbs_rty_o_mux_i[7] |
		      wbs_rty_o_mux_i[8] |
		      wbs_rty_o_mux_i[9] |
		      wbs_rty_o_mux_i[10] |
		      wbs_rty_o_mux_i[11] |
		      wbs_rty_o_mux_i[12] |
		      wbs_rty_o_mux_i[13] |
		      wbs_rty_o_mux_i[14] |
		      wbs_rty_o_mux_i[15] |
		      wbs_rty_o_mux_i[16]*/;

endmodule